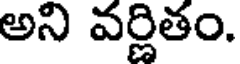
అని వర్ణితం.